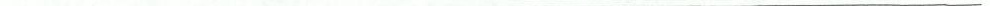
___